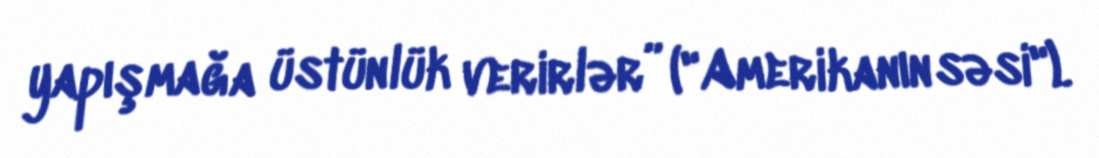
yapışmağa üstünlük verirlər” ("Amerikanın səsi").